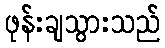
ဖုန်းချသွားသည်